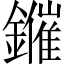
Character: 𨮑